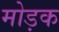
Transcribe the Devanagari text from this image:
मोड़क